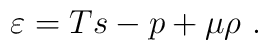
\varepsilon =   Ts-p+\mu \rho \ .